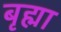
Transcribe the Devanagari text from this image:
बृह्मा